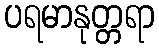
ပရမာနုတ္တရာ